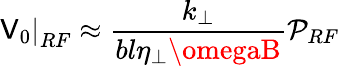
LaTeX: \left.\mathsf{V}_{0}\right|_{RF}\approx\frac{{k_{\perp}}}{{bl\eta_{\perp}\omegaB}}\mathcal{{P}}_{RF}